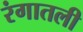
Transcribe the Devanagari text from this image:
रंगातली